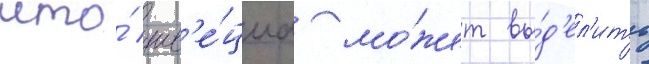
что́ шв'е́циа мо́жет вы́д'ел'ить